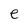
Character: e